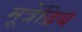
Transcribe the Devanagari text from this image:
मूत्रेंद्रिय